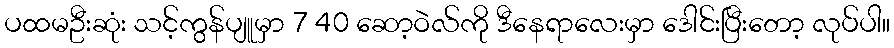
ပထမဦးဆုံး သင့်ကွန်ပျူမှာ 7 40 ဆော့ဝဲလ်ကို ဒီနေရာလေးမှာ ဒေါင်းပြီးတော့ လုပ်ပါ။